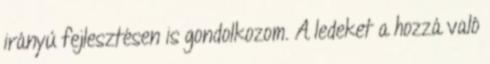
irányú fejlesztésen is gondolkozom. A ledeket a hozzá való